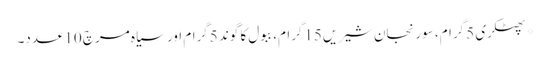
*پھٹکری 5گرام، سورنجان شیریں15گرام، ببول کا گوند 5گرام اور سیاہ مرچ 10عدد۔